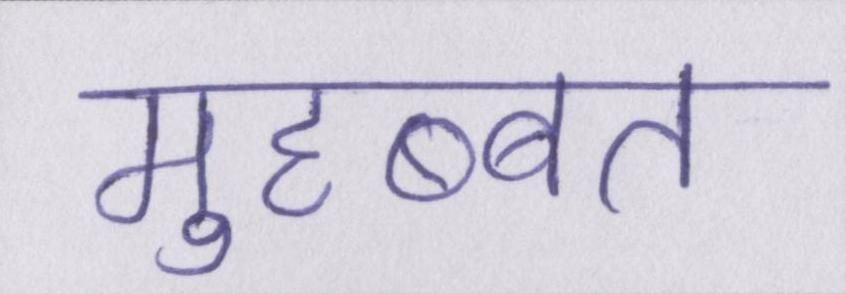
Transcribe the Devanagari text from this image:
मुहब्बत